NAE_ERA_R-2324_Eesti_Vabariigi_Pohiseaduslik_Assamblee, lk 202
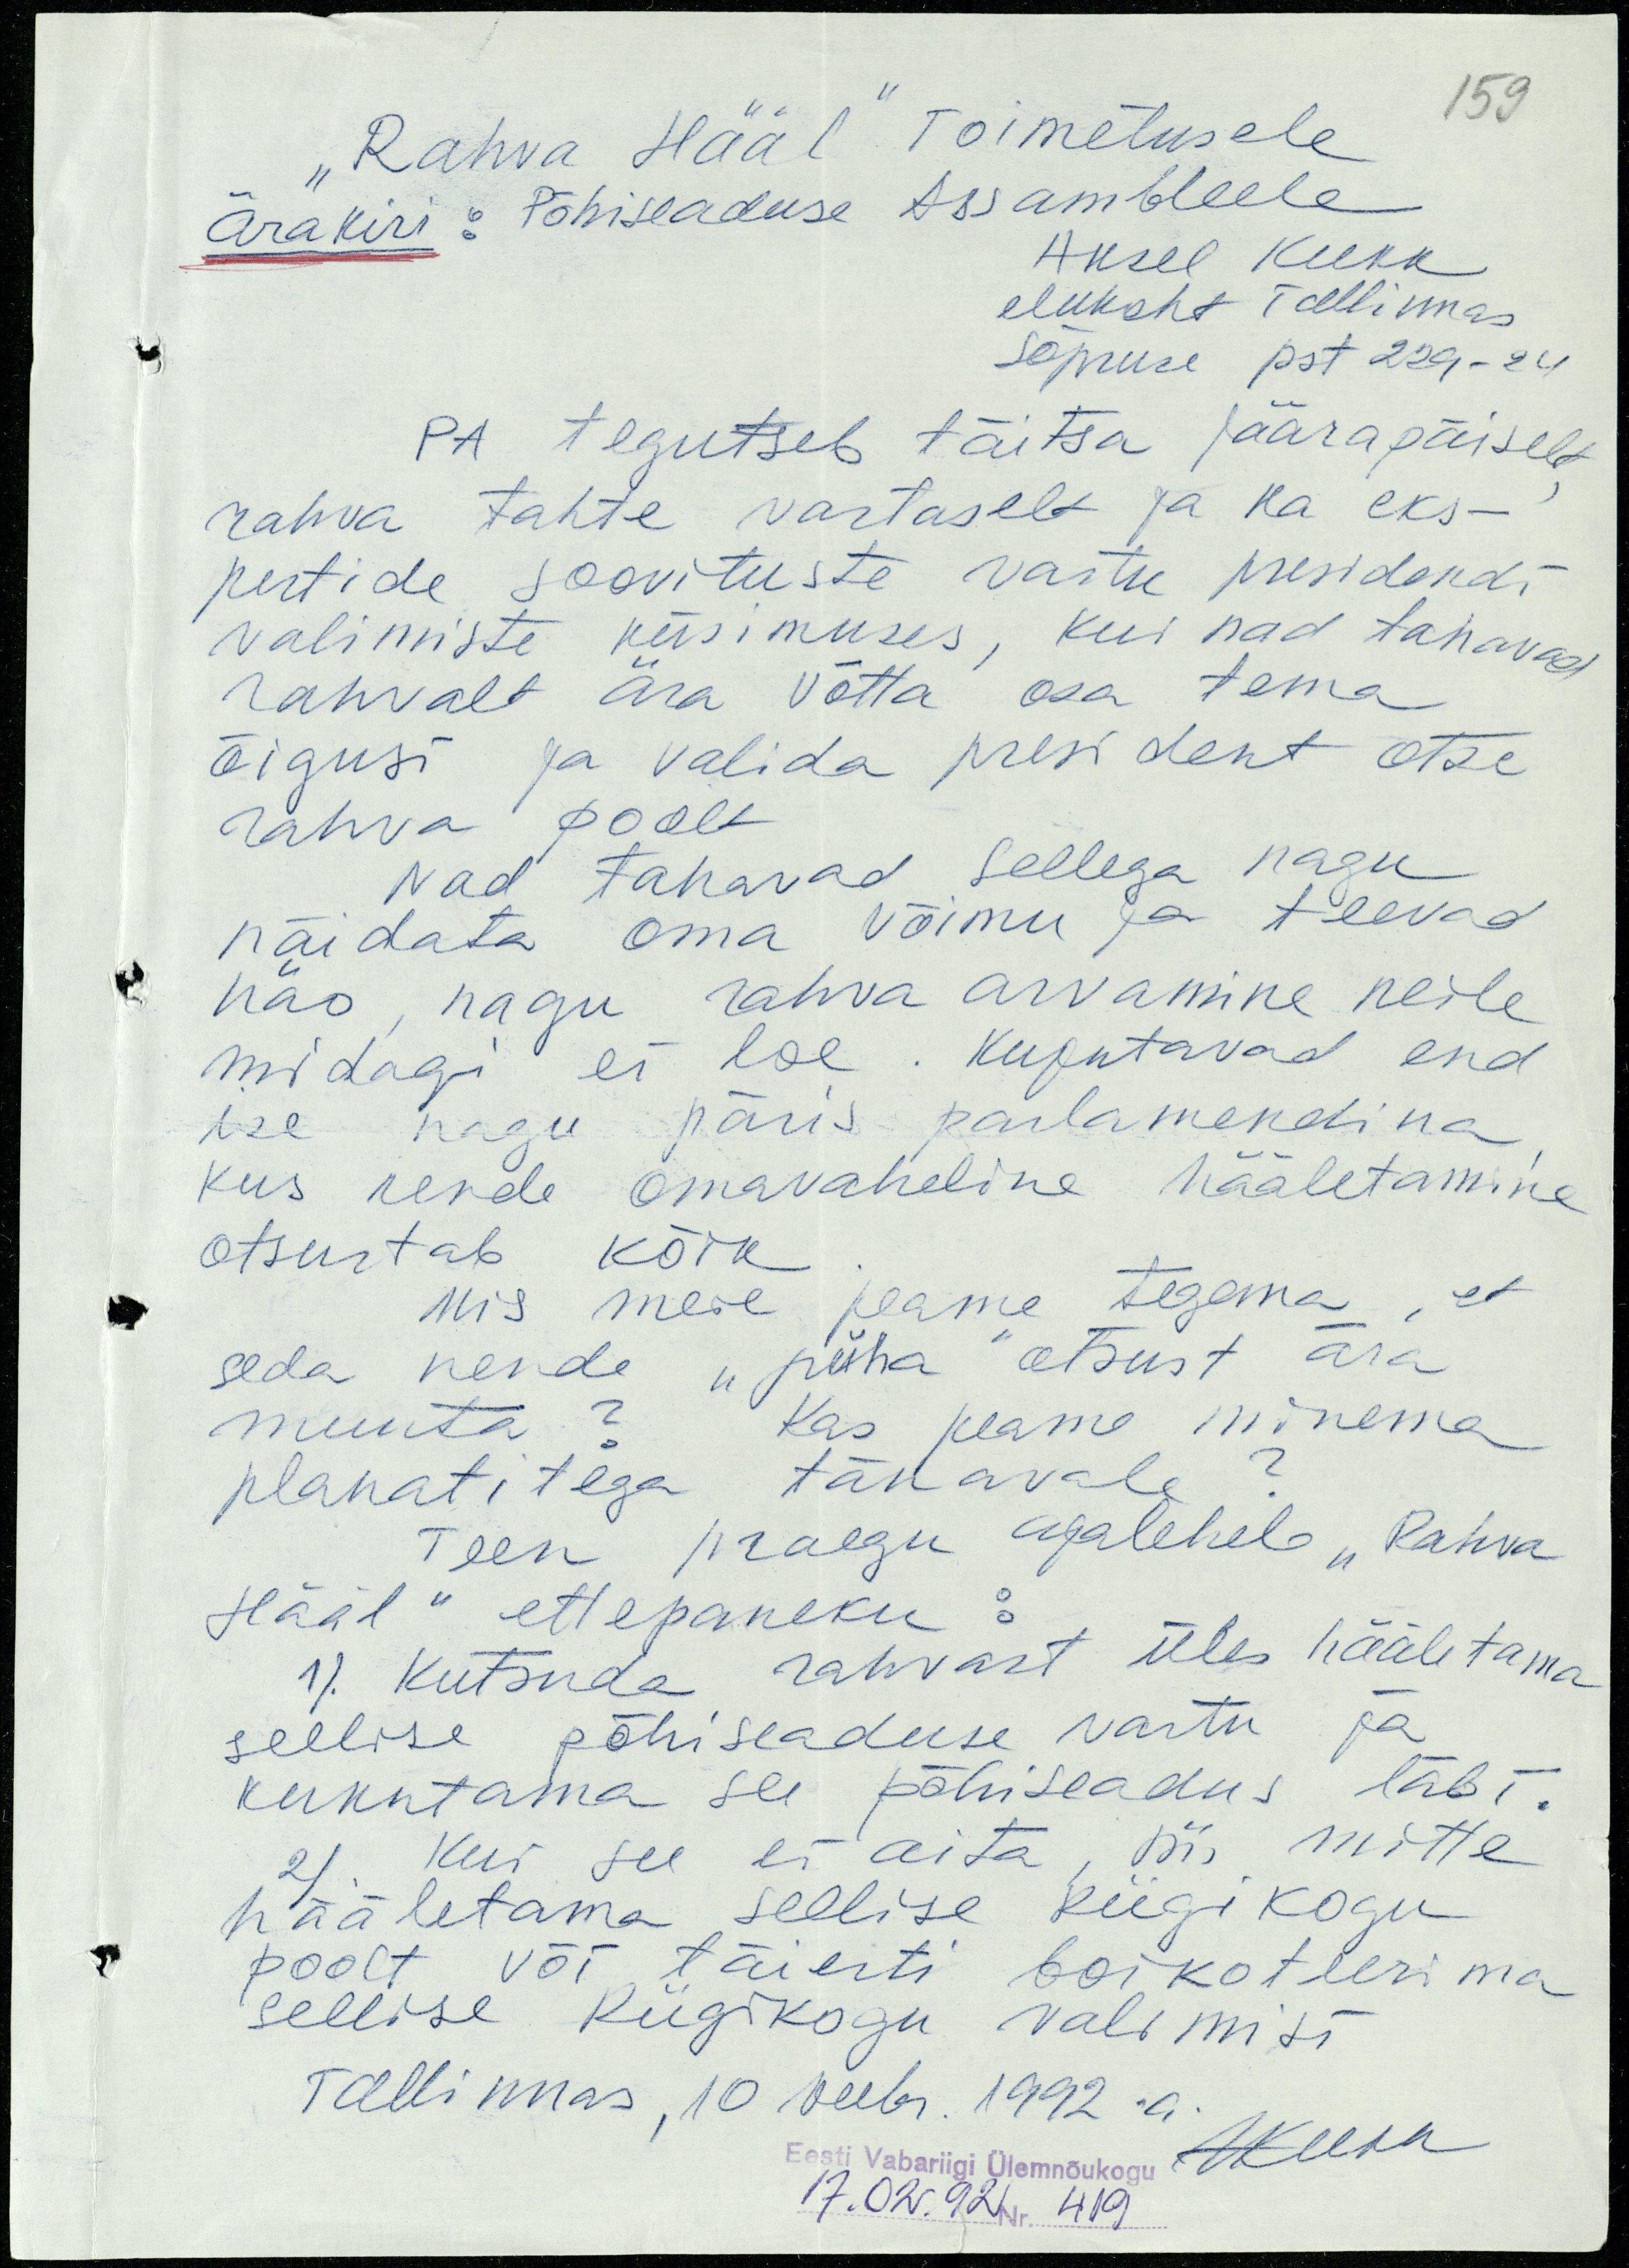
159
"Rahva Hääl" Toimetusele
Ärakiri: Põhiseaduse Assambleele
Aksel Kukk
elukoht Tallinnas
Sõpruse pst 229-24
PA tegutseb täitsa jäärapäiselt,
rahva tahte vastaselt ja ka eks-
pertide soovituste vastu presidendi
valimiste küsimuses, kui nad tahavad
rahvalt ära võtta osa tema
õigusi ja valida president otse
rahva poolt
Nad tahavad sellega nagu
näidata oma võimu ja teevad
näo, nagu rahva arvamine neile
midagi ei loe. Kujutavad end
ise nagu päris parlamendina,
kus nende omavaheline hääletamine
otsustab kõik.
Mis meie peame tegema, et
seda nende "püha" otsust ära
muuta? Kas peame minema
plakatitega tänavale?
Teen praegu ajalehele "Rahva
Hääl" ettepaneku:
1). Kutsuda rahvast üles hääletama
sellise põhiseaduse vastu ja
kukutama see põhiseadus läbi.
2). Kui see ei aita, siis mitte
hääletama sellise Riigikogu
poolt või täiesti boikoteerima
sellise Riigikogu valimisi
Tallinnas, 10 veebr. 1992 a.
Eesti Vabariigi Ülemnõukogu
17.02.92 Nr.  419